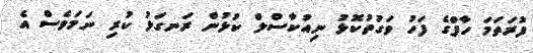
ފުރަތަމަ ހާފްގެ ފަހު ވަގުތުކޮޅު ނިއުކާސްލް ކުޅުން ރަނގަޅު ކުރި ނަމަވެސް އެ